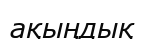
ақыңдық